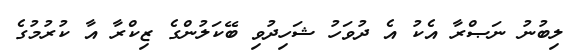
ލިބުނު ނަޞްރާ އެކު އެ ދުވަހު ޝަހިދުވި ބޭކަލުންގެ ޒިކްރާ އާ ކުރުމުގެ